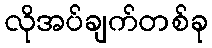
လိုအပ်ချက်တစ်ခု